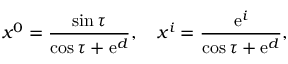
x ^ { 0 } = \frac { \sin \tau } { \cos \tau + \mathrm { e } ^ { d } } , \ \ \ x ^ { i } = \frac { \mathrm { e } ^ { i } } { \cos \tau + \mathrm { e } ^ { d } } ,